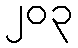
၂၀၃